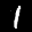
Label: 1